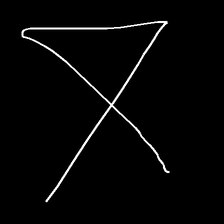
Glyph: collection